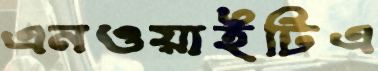
এনওয়াইটিএ